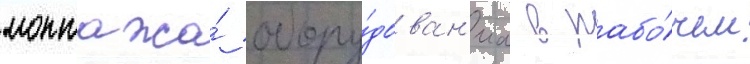
монтажа́ обору́дован'иа в рабо́чем